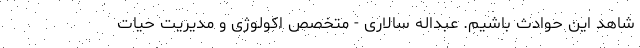
شاهد این حوادث باشیم. عبداله سالاری - متخصص اکولوژی و مدیریت حیات